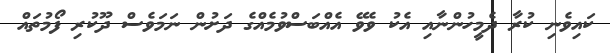
ކައިވެނި ކުރާ ދެމީހުންނާއި އެކު ވެވޭ އެއްބަސްވުމެއްގެ ދަށުން ނަމަވެސް ދޫކުރި ފޯމުތައް